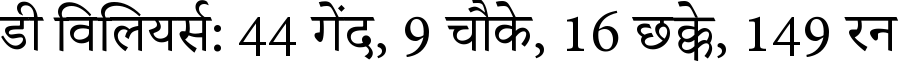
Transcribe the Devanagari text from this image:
डी विलियर्स: 44 गेंद, 9 चौके, 16 छक्के, 149 रन